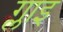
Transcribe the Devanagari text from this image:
ग्लाइ